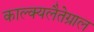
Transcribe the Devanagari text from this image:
काल्क्यलैतेग्राल